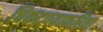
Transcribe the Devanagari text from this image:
चिकटण्याकरिता